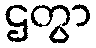
ဌတွာ